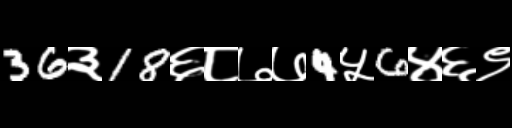
Text: 36३18६८७७4५6४६९